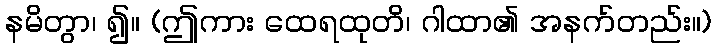
နမိတွာ၊ ၍။ (ဤကား ထေရထုတိ၊ ဂါထာ၏ အနက်တည်း။)